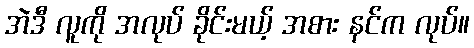
အဲဒီ လူကို အလုပ် ခိုင်းမယ့် အစား နင်က လုပ်။